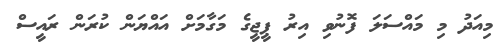
މިއަދު މި މައްސަލަ ފޮނުވި އިރު ޕީޖީގެ މަގާމަށް އައްޔަން ކުރަން ރައީސް